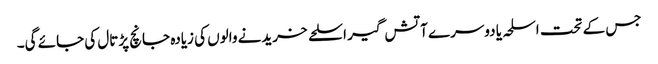
جس کے تحت اسلحہ یا دوسرے آتش گیر اسلحے خریدنے والوں کی زیادہ جانچ پڑتال کی جائے گی۔